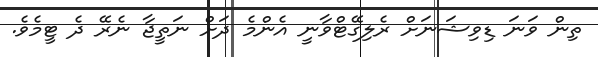
ތިން ވަނަ ޑިވިޝަނަށް ރެލިގޭޓްވާނީ އެންމެ ދަށް ނަތީޖާ ނެރޭ ދެ ޓީމެވެ.